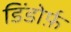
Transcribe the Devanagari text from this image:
डिंडोर्फ़